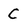
Character: C